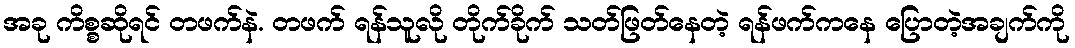
အခု ကိစ္စဆိုရင် တဖက်နဲ. တဖက် ရန်သူလို တိုက်ခိုက် သတ်ဖြတ်နေတဲ့ ရန်ဖက်ကနေ ပြောတဲ့အချက်ကို